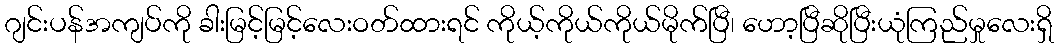
ဂျင်းပန်အကျပ်ကို ခါးမြင့်မြင့်လေးဝတ်ထားရင် ကိုယ့်ကိုယ်ကိုယ်မိုက်ပြီ၊ ဟော့ပြီဆိုပြီးယုံကြည်မှုလေးရှိ